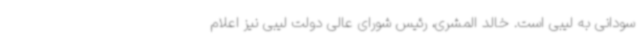
سودانی به لیبی است. خالد المشری، رئیس شورای عالی دولت لیبی نیز اعلام